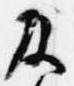
及